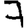
Digit: 7